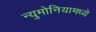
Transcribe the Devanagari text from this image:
न्युमोनियामध्ये